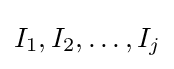
I_{1},I_{2},\ldots ,I_{j}